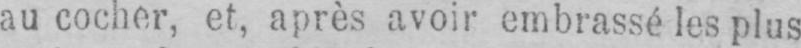
au cocher, et, après avoir embrassé les plus